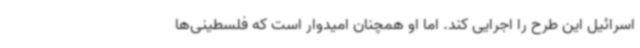
اسرائیل این طرح را اجرایی کند. اما او همچنان امیدوار است که فلسطینی‌ها